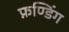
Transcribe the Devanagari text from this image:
फ़ण्डिंग